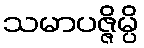
သမာပဇ္ဇိမ္ပိ